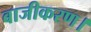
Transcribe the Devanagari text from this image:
बाजीकरण।